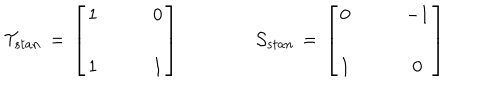
{ \cal T } _ { s t a n } \, = \, \left[ \begin{array} { c c } { { 1 } } & { { \qquad 0 } } \\ { { } } & { { } } \\ { { 1 } } & { { \qquad 1 } } \\ \end{array} \right] \qquad \qquad { \cal S } _ { s t a n } \, = \, \left[ \begin{array} { c c } { { 0 } } & { { \qquad - 1 } } \\ { { } } & { { } } \\ { { 1 } } & { { \qquad 0 } } \\ \end{array} \right]